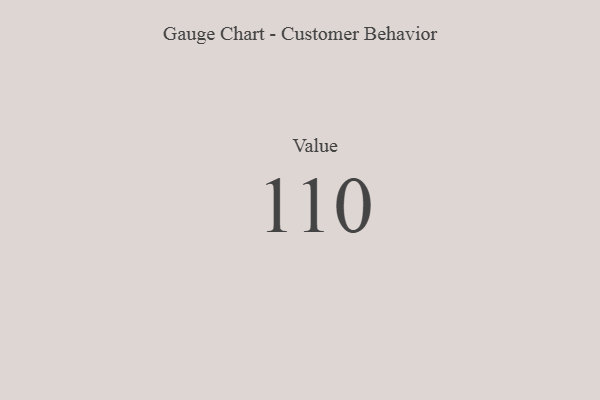
{"axis": {"x": "Metric", "y": "Value"}, "legend": [""], "data": [{"x": "Value", "y": 110, "type": ""}]}